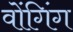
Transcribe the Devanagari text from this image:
वोंगिंग